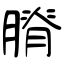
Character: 膌